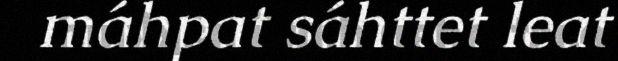
máhpat sáhttet leat